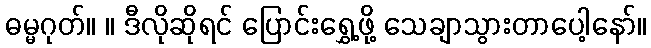
ဓမ္မဂုတ်။ ။ ဒီလိုဆိုရင် ပြောင်းရွှေ့ဖို့ သေချာသွားတာပေါ့နော်။